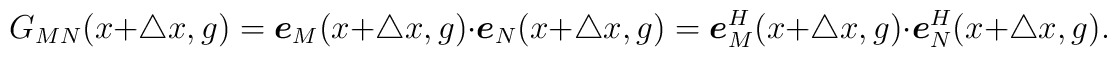
G_{MN}(x+\triangle x,g)=\mbox{\boldmath{$e$}}_{M}(x+\triangle x,g)\cdot \mbox{\boldmath{$e$}}_{N}(x+\triangle x,g)=\mbox{\boldmath{$e$}}_{M}^{H}(x+\triangle x,g)\cdot \mbox{\boldmath{$e$}}_{N}^{H}(x+\triangle x,g).